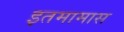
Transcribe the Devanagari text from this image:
इतमामास